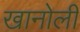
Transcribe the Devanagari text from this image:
खानोली